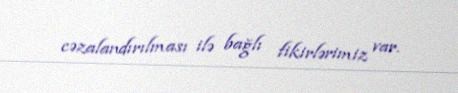
cəzalandırılması ilə bağlı fikirlərimiz var.